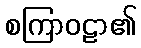
စကြာဝဠာ၏